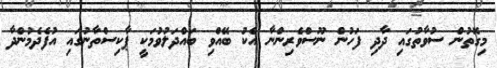
މިގޮތުން ސުވާތުގައި ދާދި ފަހުން ނޫސްވެރިންނާ އެކު ބޭއްވި ބައްދަލުވުމަކީ ޕާކިސްތާނުގައި އުފެދެމުންދާ